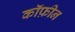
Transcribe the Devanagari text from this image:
कॉफ़ीन